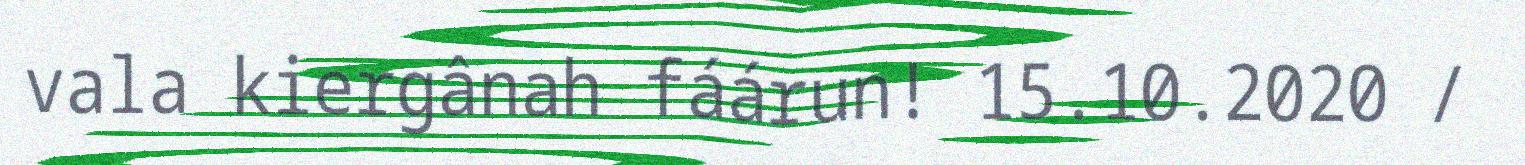
vala kiergânah fáárun! 15.10.2020 /